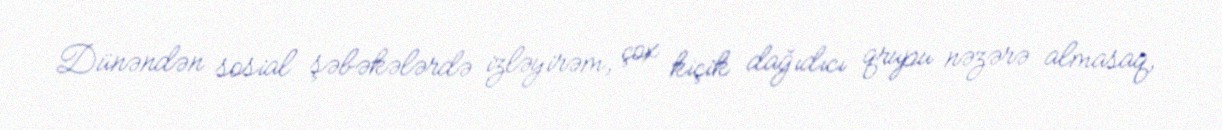
Dünəndən sosial şəbəkələrdə izləyirəm, çox kiçik dağıdıcı qrupu nəzərə almasaq,